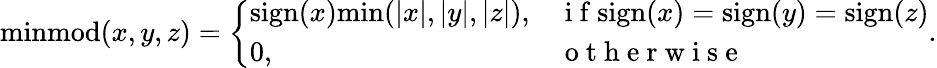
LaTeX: \mathrm{minmod}(x,y,z)=\left\{ \begin{array}{ll}{\mathrm{sign}(x)\mathrm{min}(|x|,|y|,|z|),}&{\mathrm{~i~f~}\mathrm{sign}(x)=\mathrm{sign}(y)=\mathrm{sign}(z)}\\ {0,}&{\mathrm{~o~t~h~e~r~w~i~s~e~}}\end{array}\right..